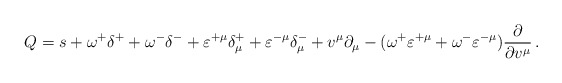
\begin{align*}Q=s+\omega ^{+}\delta ^{+}+\omega ^{-}\delta ^{-}+\varepsilon ^{+\mu }\delta_\mu ^{+}+\varepsilon ^{-\mu }\delta _\mu ^{-}+v^\mu \partial _\mu -(\omega^{+}\varepsilon ^{+\mu }+\omega ^{-}\varepsilon ^{-\mu })\frac \partial{\partial v^\mu }\,. \end{align*}